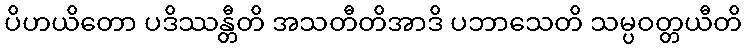
ပိဟယိတော ပဒိဿန္တီတိ အသတီတိအာဒိ ပဘာသေတိ သမ္ပဝတ္တယီတိ